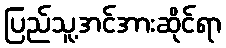
ပြည်သူ့အင်အားဆိုင်ရာ